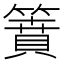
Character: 𥳡